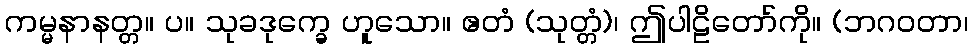
ကမ္မနာနတ္တ။ ပ။ သုခဒုက္ခေ ဟူသော။ ဧတံ (သုတ္တံ)၊ ဤပါဠိတော်ကို။ (ဘဂဝတာ၊